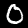
Digit: 0